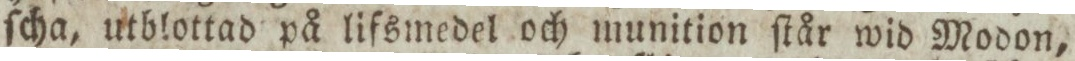
ſcha, utblottad på lifsmedel och munition ſtår wid Modon,